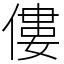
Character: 僂